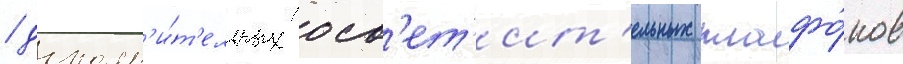
/ дополн'и́т'ельных осв'ет'ит'ельных плафо́нов